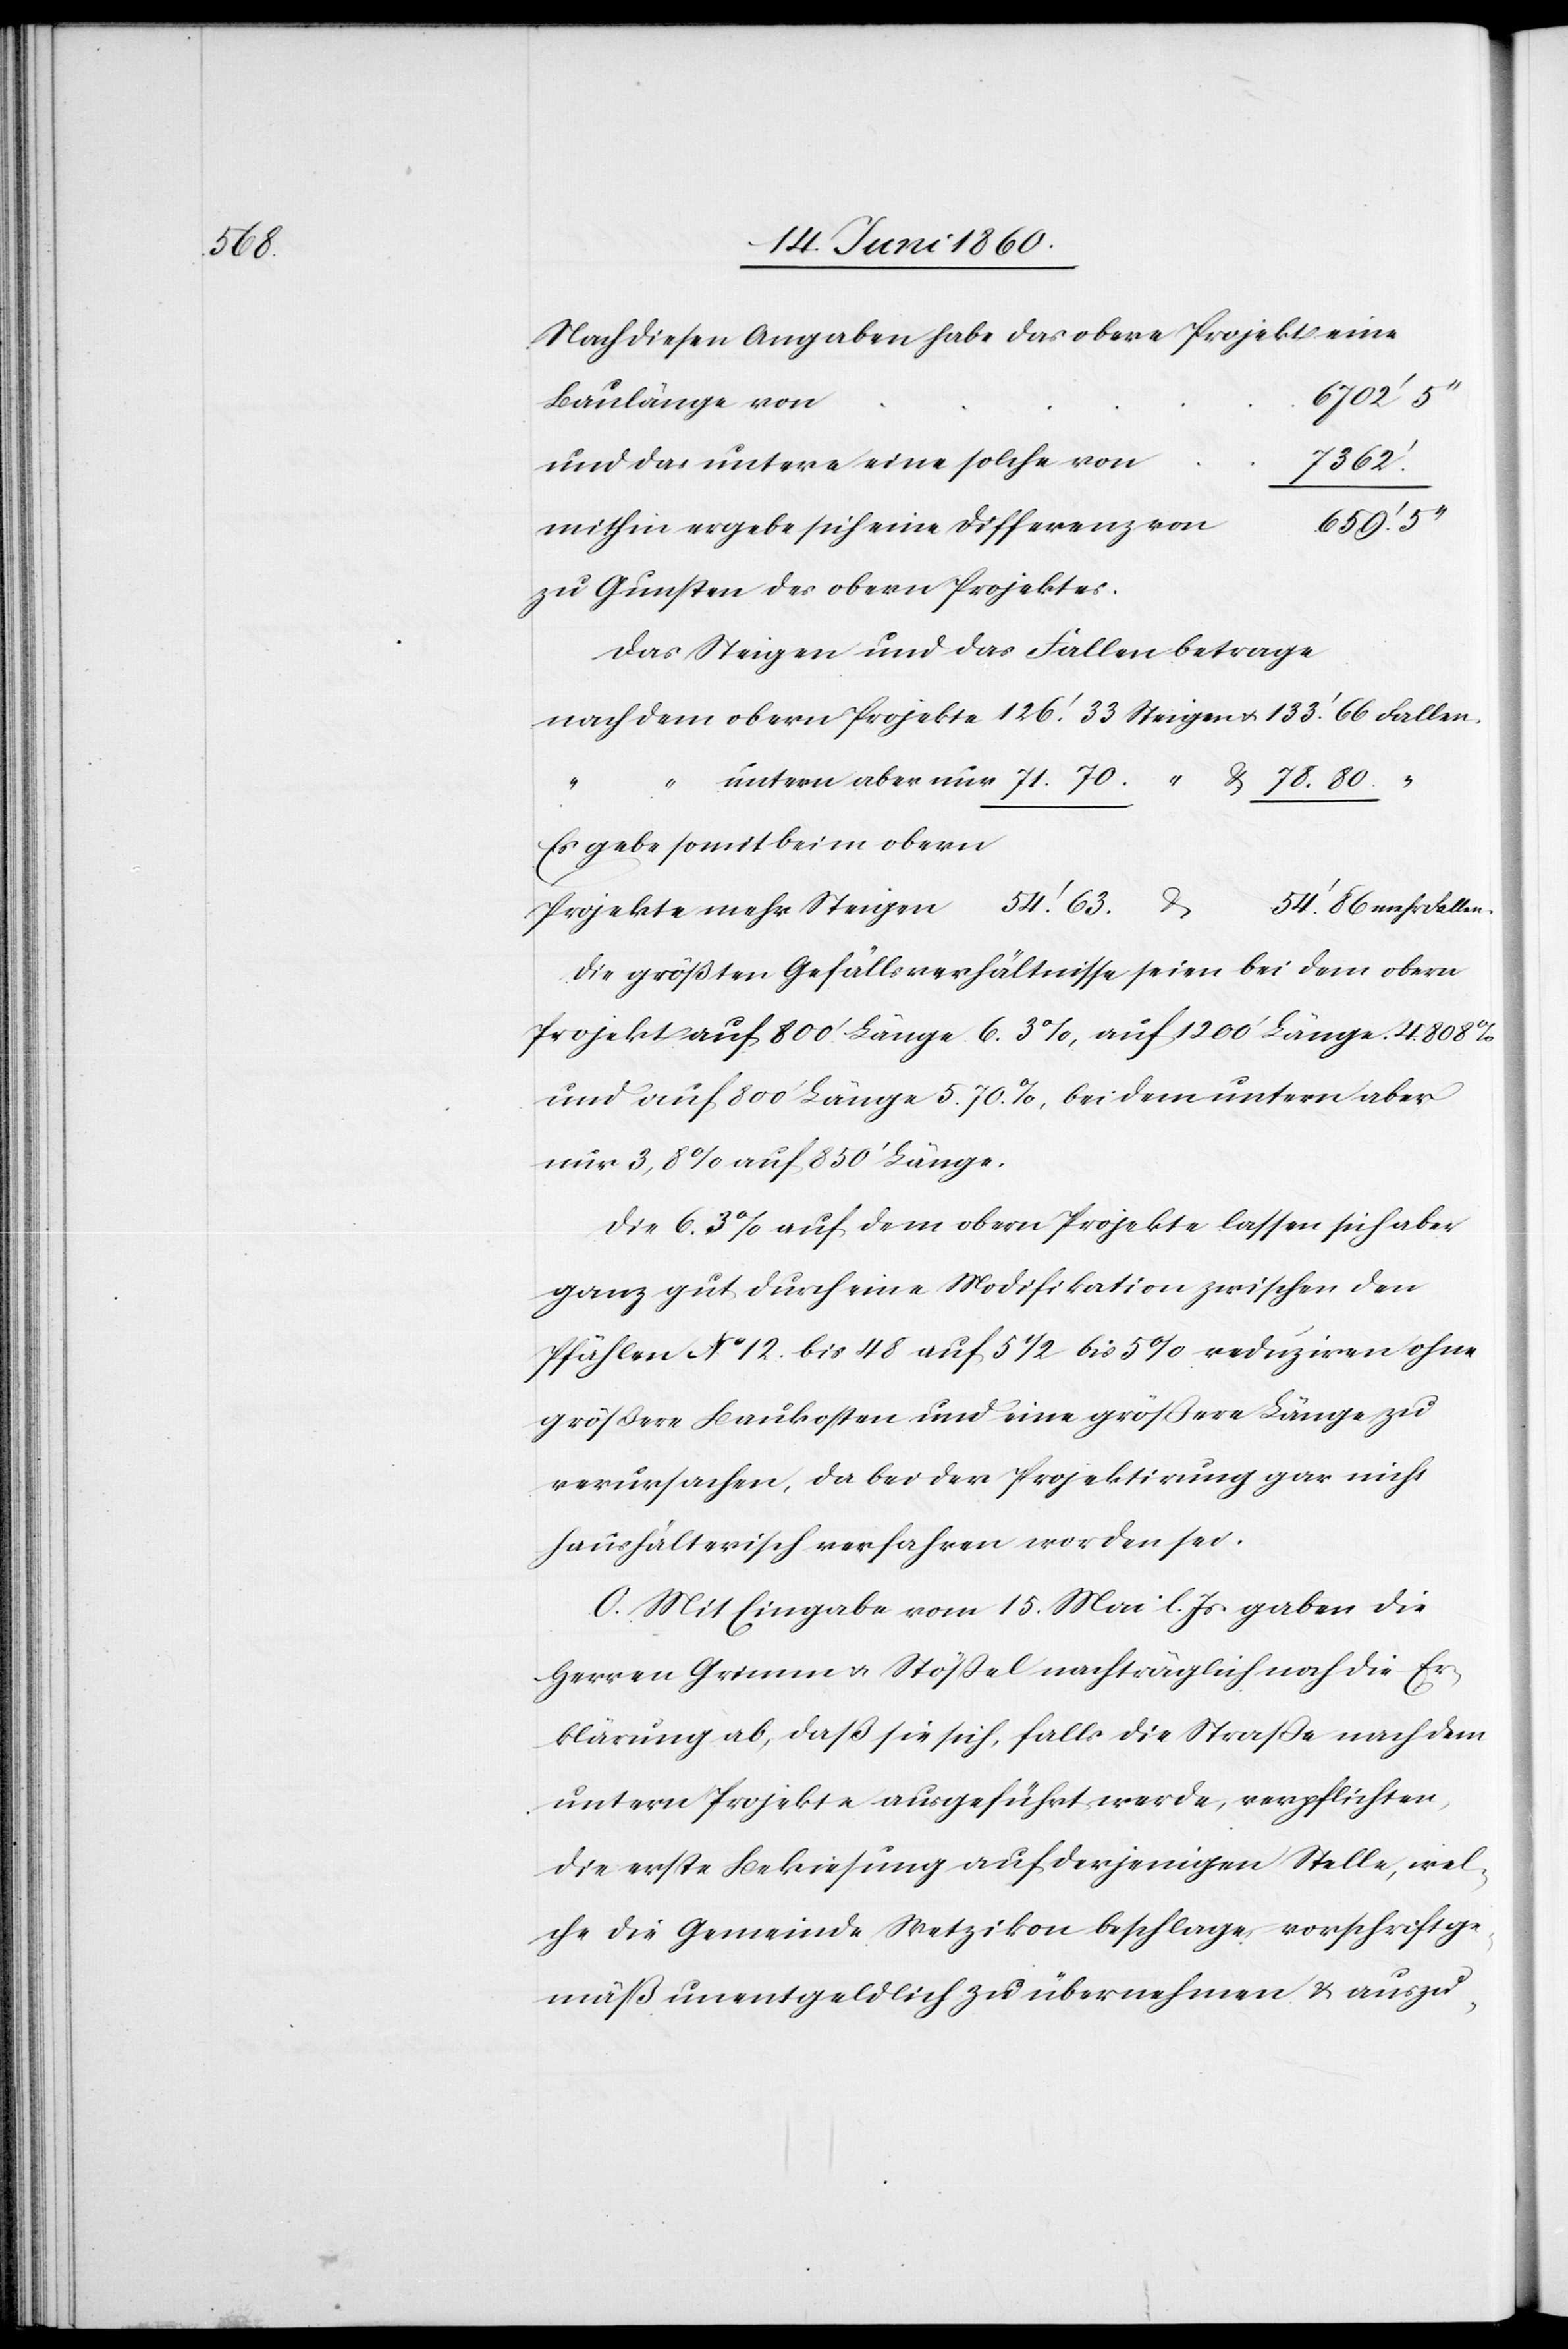
Nach diesen Angaben habe das obere Projekt eine
6702’
Baulänge von
und das untere eine solche von
86.
mithin ergebe sich eine Differenz von
zu Gunsten des obern Projektes.
Das Steigen und das Fallen betrage
mehr
Es gebe somit beim obern
Projekte mehr Steigen
Die größten Gefällsverhältnisse seien bei dem obern
Projekt auf 800’ Länge 6.3%,auf 1200’ Länge 4.808%
und auf 800’ Länge 5.70%, bei dem untern aber
nur 3,8% auf 850’ Länge.
Die 6.3% auf dem obern Projekte lassen sich aber
ganz gut durch eine Modifikation zwischen den
Pfählen No 12. bis 48 auf 5 1/2 bis 5% reduziren ohne
größere Baukosten und eine grössere Länge zu
verursachen, da bei der Projektirung gar nicht
haushälterisch verfahren worden sei.
O. Mit Eingabe vom 15. Mai l. Js. gaben die
Herren Grimm u. Stössel nachträglich noch die Er¬
klärung ab, daß sie sich, falls die Strasse nach dem
untern Projekte ausgeführt werde, verpflichten,
die erste Bekiesung auf derjenigen Stelle, wel¬
che die Gemeinde Wetzikon beschlage, vorschriftge¬
mäß unentgeldlich zu übernehmen u. auszu-